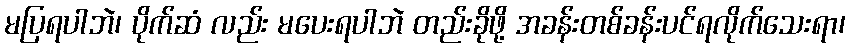
မပြရပါဘဲ၊ ပိုက်ဆံ လည်း မပေးရပါဘဲ တည်းခိုဖို့ အခန်းတစ်ခန်းပင်ရလိုက်သေးရာ၊